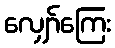
လျှော်ကြေး